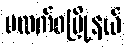
ပလက်ဝမြို့နယ်